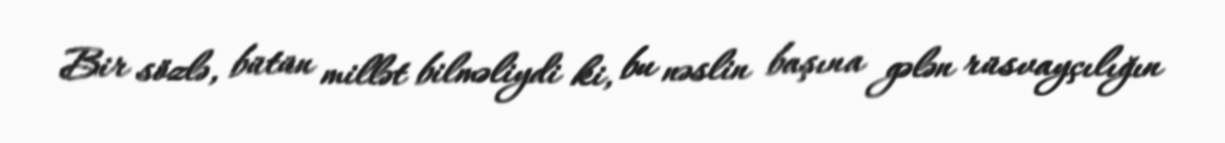
Bir sözlə, bütün millət bilməliydi ki, bu nəslin başına gələn rüsvayçılığın